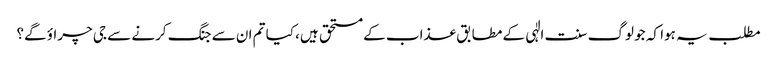
مطلب یہ ہوا کہ جو لوگ سنت الٰہی کے مطابق عذاب کے مستحق ہیں، کیا تم ان سے جنگ کرنے سے جی چراؤ گے؟